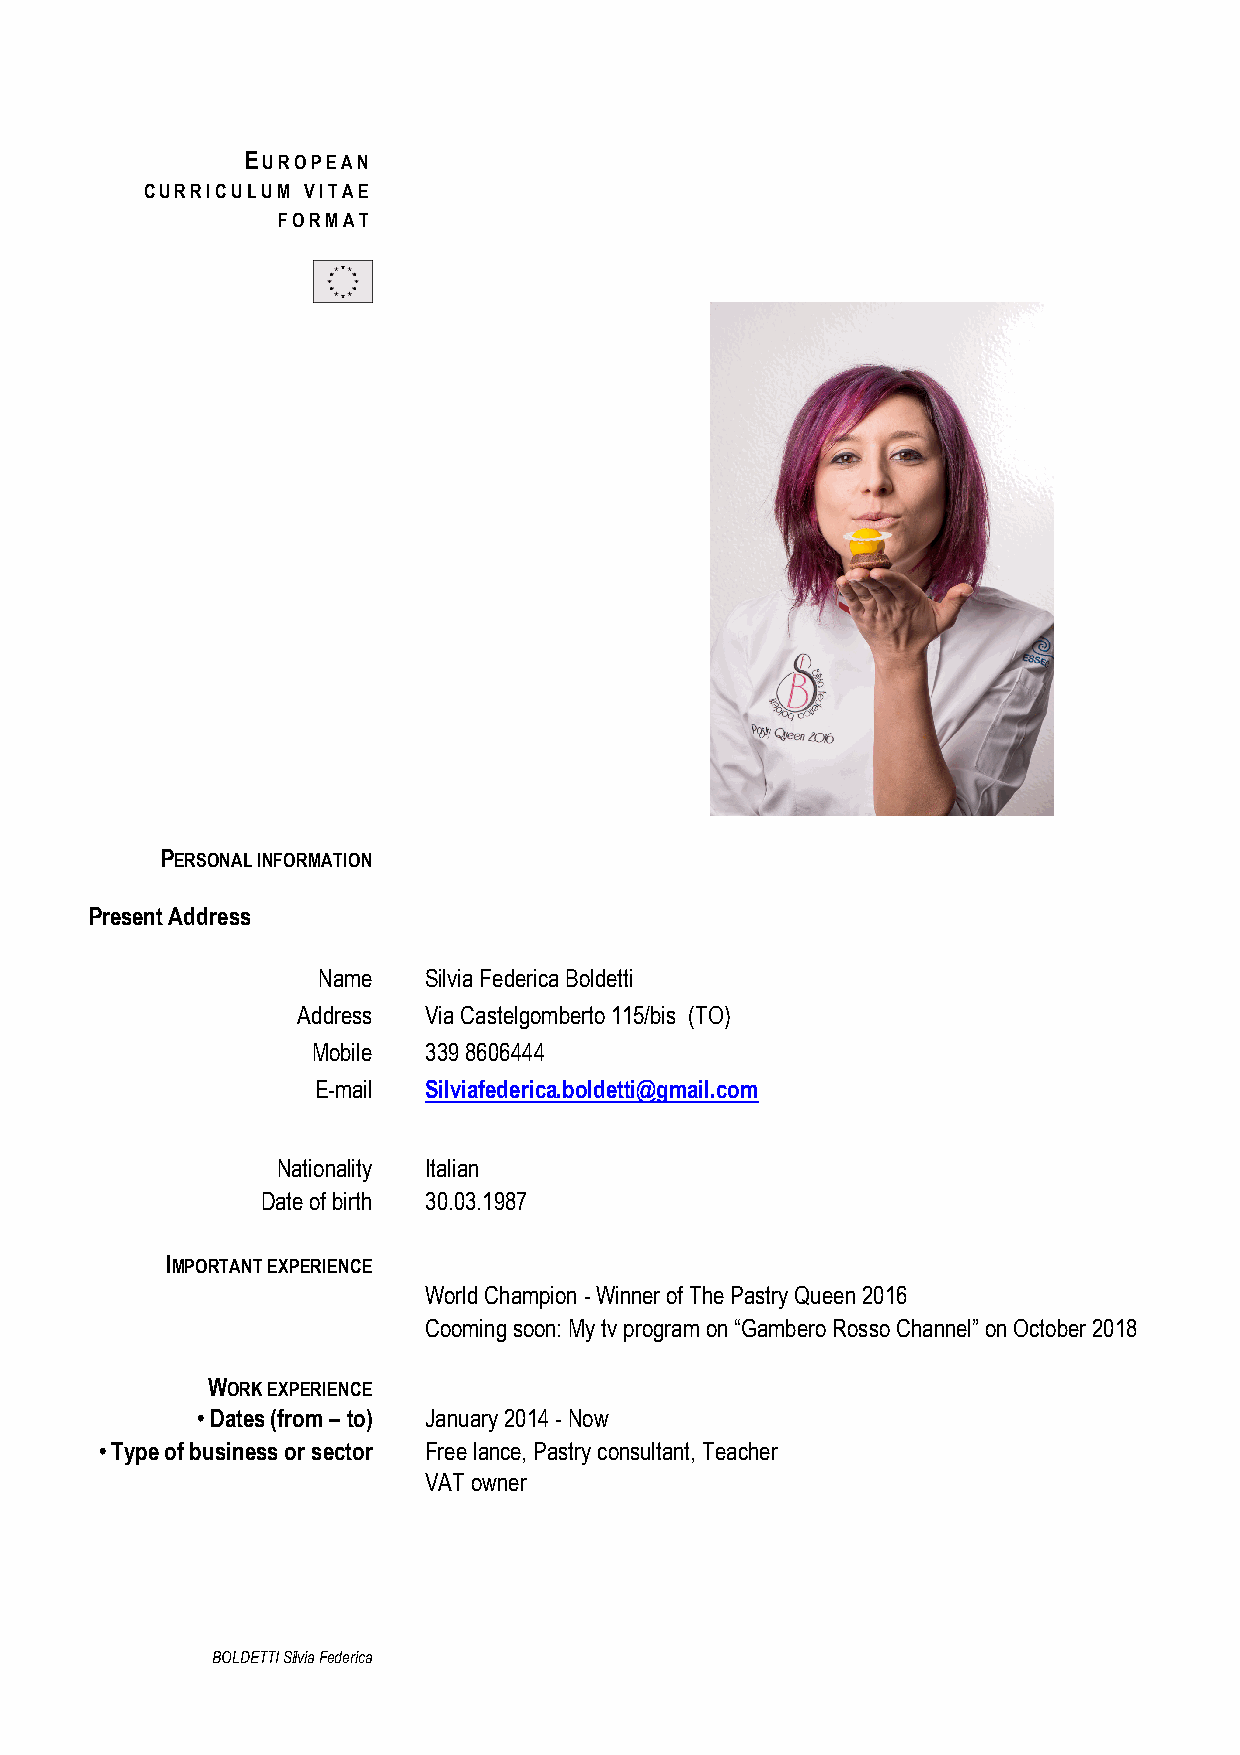
EUROPEAN
 CURRICULUM VITAE
 FORMAT
 PERSONAL INFORMATION
 Present Address
 Name   Silvia Federica Boldetti
 Address Via Castelgomberto 115/bis (TO)
 Mobile 339 8606444
 E-mail Silviafederica.boldetti@gmail.com
 Nationality Italian
 Date of birth 30.03.1987
 IMPORTANT EXPERIENCE
 World Champion - Winner of The Pastry Queen 2016
 Cooming soon: My tv program on “Gambero Rosso Channel” on October 2018
 WORK EXPERIENCE
 • Dates (from – to) January 2014 - Now
 • Type of business or sector Free lance, Pastry consultant, Teacher
 VAT owner
 BOLDETTI Silvia Federica